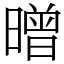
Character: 㬝